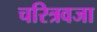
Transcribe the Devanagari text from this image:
चरित्रवजा